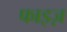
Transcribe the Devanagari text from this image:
फाइज़